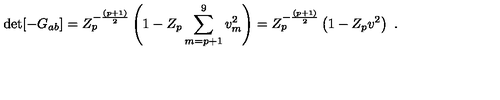
\det [ - G _ { a b } ] = Z _ { p } ^ { - { \frac { ( p + 1 ) } { 2 } } } \left( 1 - Z _ { p } \sum _ { m = p + 1 } ^ { 9 } v _ { m } ^ { 2 } \right) = Z _ { p } ^ { - { \frac { ( p + 1 ) } { 2 } } } \left( 1 - Z _ { p } v ^ { 2 } \right) \ .